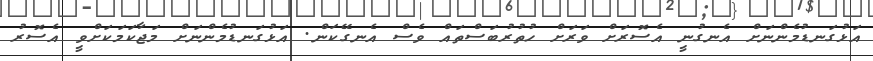
އަޅުގަނޑުމެންނަށް އެނގުނީ އެސޮރަށް ވަރަށް ހުތުރުބަސްތައް ވެސް އެނގޭކަން. އަޅުގަނޑުމެންނަށް މަޖާކަމަކަށްވީ އެސޮރު